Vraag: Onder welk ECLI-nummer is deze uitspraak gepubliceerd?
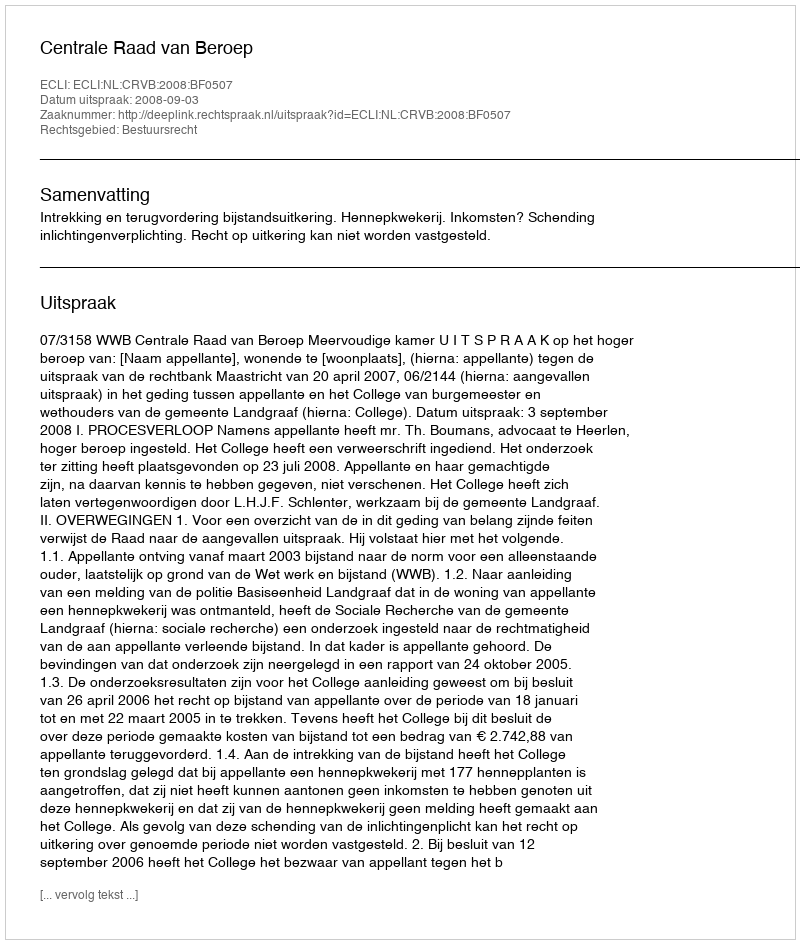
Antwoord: ECLI:NL:CRVB:2008:BF0507